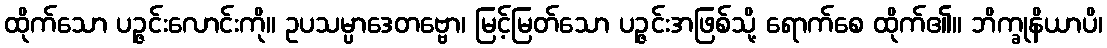
ထိုက်သော ပဉ္ဇင်းလောင်းကို။ ဥပသမ္ပာဒေတဗ္ဗော၊ မြင့်မြတ်သော ပဉ္ဇင်းအဖြစ်သို့ ရောက်စေ ထိုက်၏။ ဘိက္ခုနိယာပိ၊